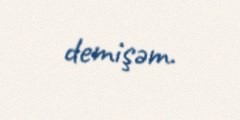
demişәm.